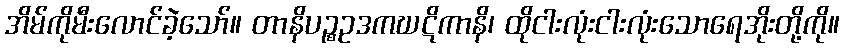
အိမ်ကိုမီးလောင်ခဲ့သော်။ တာနိပဉ္စဥဒကဃဋိကာနိ၊ ထိုငါးလုံးငါးလုံးသောရေအိုးတို့ကို။